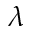
\lambda